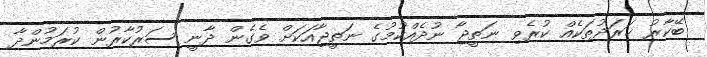
ބޭކާރު ޚަރަދުތަކެއް ކުރެވި ނަތީޖާ ނުދެއްކުމުގެ ނަތީޖާއަކަށް ވެގެން ދާނީ ސަރުކާރުން ކުރަމުންދާ